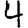
Digit: 4